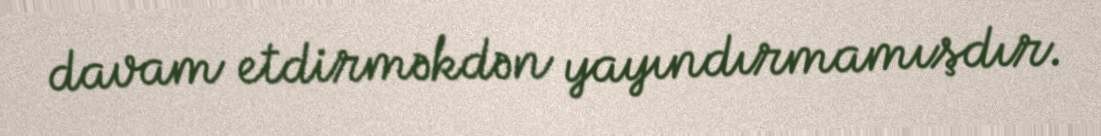
davam etdirməkdən yayındırmamışdır.